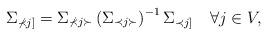
LaTeX: \begin{align*} \Sigma_{\nprec j]}=\Sigma_{\nprec j\succ}\left(\Sigma_{\prec j\succ}\right)^{-1}\Sigma_{\prec j]}\quad\forall j\in V, \end{align*}